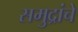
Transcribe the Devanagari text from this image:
समुद्रांचे